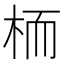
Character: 栭